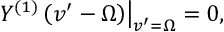
\left. Y ^ { ( 1 ) } \left( v ^ { \prime } - \Omega \right) \right| _ { v ^ { \prime } = \Omega } = 0 ,